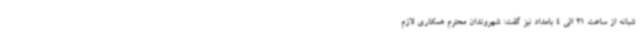
شبانه از ساعت 21 الی 4 بامداد نیز گفت: شهروندان محترم همکاری لازم